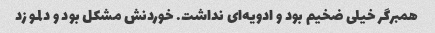
همبرگر خیلی ضخیم بود و ادویه‌ای نداشت. خوردنش مشکل بود و دلمو زد